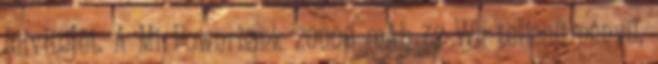
felvitelét. A Mi Powerbank 20000 mAh 72 Wh teljesítményű,